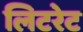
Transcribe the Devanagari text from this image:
लिटरेट